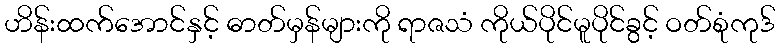
ဟိန်းထက်အောင်နှင့် ဓာတ်မှန်များကို ရာဇသံ ကိုယ်ပိုင်မူပိုင်ခွင့် ဝတ်စုံကုဒ်